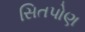
સિતપોણ